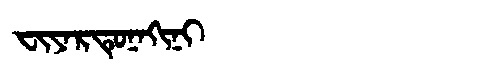
Manchu: ᠸᡳᠶᠠᡵᡨᡠᠨᠠᡴᡳᠨᡳ
Romanization: FIYARTUNAKINI